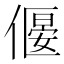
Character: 𠍾